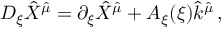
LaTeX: D _ { \xi } \hat { X } ^ { \hat { \mu } } = \partial _ { \xi } \hat { X } ^ { \hat { \mu } } + A _ { \xi } ( \xi ) \hat { k } ^ { \hat { \mu } } \, ,